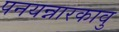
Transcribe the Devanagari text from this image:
पनयन्नारकावु